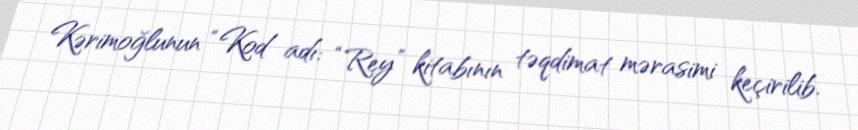
Kərimoğlunun “Kod adı: “Rey” kitabının təqdimat mərasimi keçirilib.